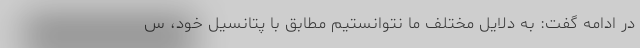
در ادامه گفت: به دلایل مختلف ما نتوانستیم مطابق با پتانسیل خود، س